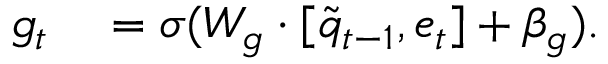
\begin{array} { r l } { g _ { t } } & { { } = \sigma ( W _ { g } \cdot [ \tilde { q } _ { t - 1 } , e _ { t } ] + \beta _ { g } ) . } \end{array}